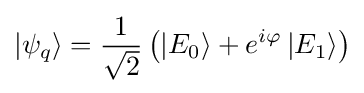
\left|\psi _{q}\right\rangle ={\frac {1}{\sqrt {2}}}\left(\left|E_{0}\right\rangle +e^{i\varphi }\left|E_{1}\right\rangle \right)